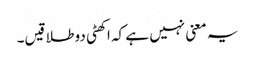
یہ معنی نہیں ہے کہ اکھٹی دو طلاقیں۔